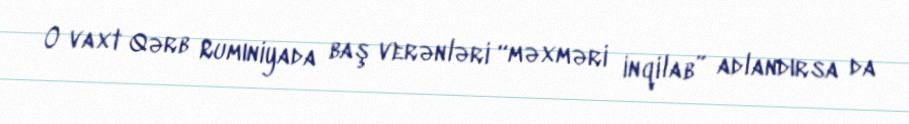
O vaxt Qərb Rumıniyada baş verənləri “məxməri inqilab” adlandırsa da